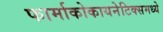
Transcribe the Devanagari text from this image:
फार्माकोकायनेटिक्समध्ये